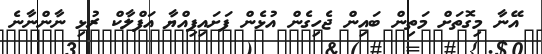
އޭނާ މިގޮތަށް މަތިން ބައިން ޖެހިގެން އުޅެން ފަށައިފިއްޔާ އަފްލާކް ރުޅި ނާންނާނެ